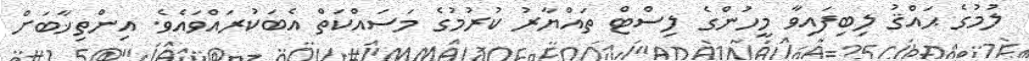
ލުމުގެ ޙައްޤު ލިބިފައިވާ މީހުންގެ ލިސްޓް ތައްޔާރު ކުރުމުގެ މަސައްކަތް އެބަކުރައްވައެވެ. އިންތިޚާބަށް